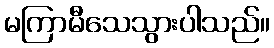
မကြာမီသေသွားပါသည်။